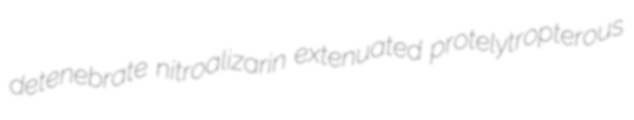
detenebrate nitroalizarin extenuated protelytropterous